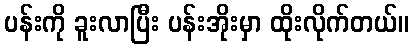
ပန်းကို ခူးလာပြီး ပန်းအိုးမှာ ထိုးလိုက်တယ်။